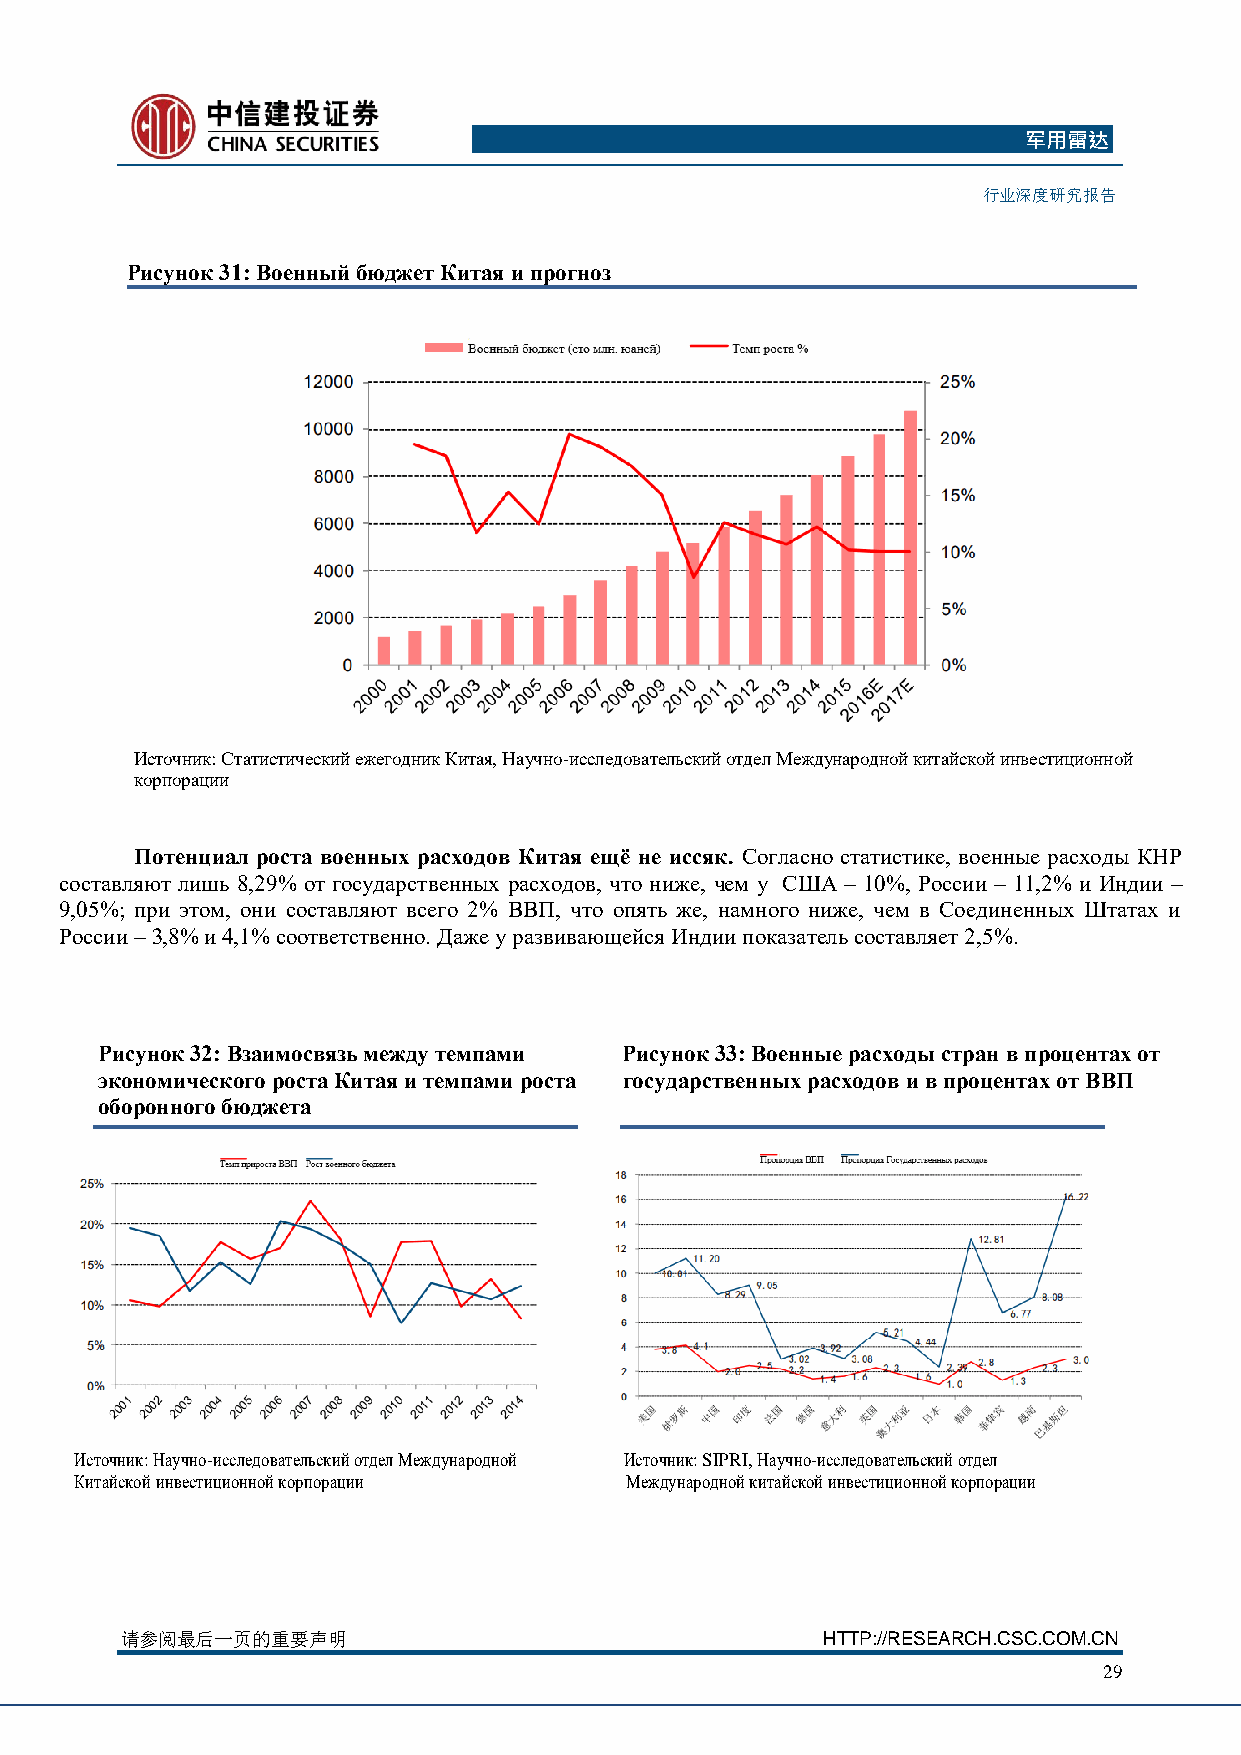
军用雷达
 行业深度研究报告
 Рисунок 31: Военный бюджет Китая и прогноз
 ИИстсотчончинки: кН: аСутчантои-исстсилчедесокваитйе леьжскеигойд онтидекл К Миетжаяд,у нНааруочднноой-и ксистлаейдскоовйа тиенлвьессктиицйи оотнднеолй Мкорепжодруанцаирио, дСнтоатйи кстиитчаейссккиойй е жиенгвоедснтиикц Кииотнаняо й
 корпорации
 Потенциал роста военных расходов Китая ещё не иссяк. Согласно статистике, военные расходы КНР
 составляют лишь 8,29% от государственных расходов, что ниже, чем у США – 10%, России – 11,2% и Индии –
 9,05%; при этом, они составляют всего 2% ВВП, что опять же, намного ниже, чем в Соединенных Штатах и
 России – 3,8% и 4,1% соответственно. Даже у развивающейся Индии показатель составляет 2,5%.
 Рисунок 32: Взаимосвязь между темпами Рисунок 33: Военные расходы стран в процентах от
 экономического роста Китая и темпами роста государственных расходов и в процентах от ВВП
 оборонного бюджета
 Источник: Научно-исследовательский отдел Международной Источник: SIPRI, Научно-исследовательский отдел
 Китайской инвестиционной корпорации Международной китайской инвестиционной корпорации
 请参阅最后一页的重要声明                                  HTTP://RESEARCH.CSC.COM.CN
 29